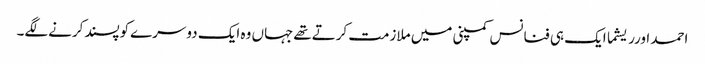
احمد اورریشما ایک ہی فنانس کمپنی میں ملازمت کرتےتھےجہاں وہ ایک دوسرےکوپسندکرنےلگے۔